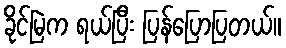
ခိုင်မြဲက ရယ်ပြီး ပြန်ပြောပြတယ်။